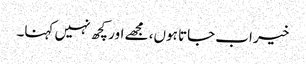
خیر اب جاتا ہوں، مجھے اور کچھ نہیں کہنا۔